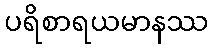
ပရိစာရယမာနဿ